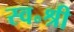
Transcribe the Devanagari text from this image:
स्व॰श्री